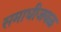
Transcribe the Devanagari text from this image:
समाधीजवळ